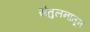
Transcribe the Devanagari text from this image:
संतुलनातून